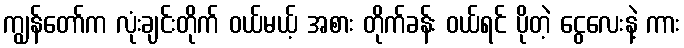
ကျွန်တော်က လုံးချင်းတိုက် ဝယ်မယ့် အစား တိုက်ခန်း ဝယ်ရင် ပိုတဲ့ ငွေလေးနဲ့ ကား